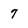
Character: 7